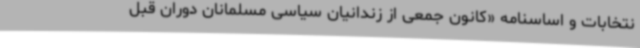
نتخابات و اساسنامه «کانون جمعی از زندانیان سیاسی مسلمانان دوران قبل